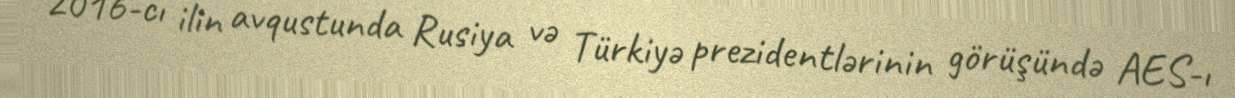
2016-cı ilin avqustunda Rusiya və Türkiyə prezidentlərinin görüşündə AES-ı